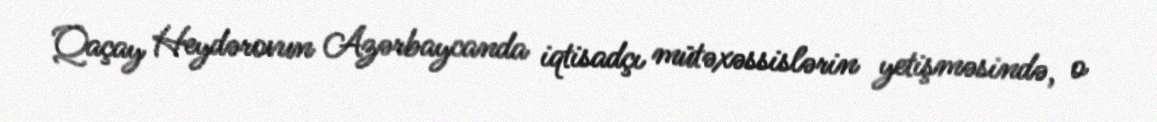
Qaçay Heydərovun Azərbaycanda iqtisadçı mütəxəssislərin yetişməsində, o